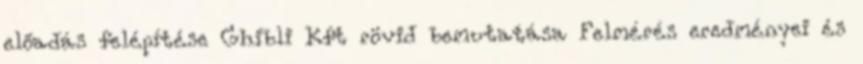
előadás felépítése Ghibli Kft rövid bemutatása Felmérés eredményei és